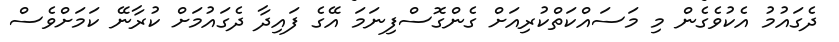
ދެގައުމު އެކުވެގެން މި މަސައްކަތްކުރިއަށް ގެންގޮސްފިނަމަ އޭގެ ފައިދާ ދެގައުމަށް ކުރާނޭ ކަމަށްވެސް